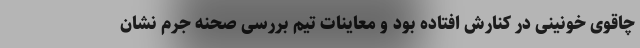
چاقوی خونینی در کنارش افتاده بود و معاینات تیم بررسی صحنه جرم نشان